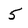
Character: 5